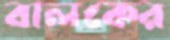
বালকের